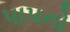
પાપનો